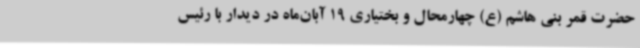
حضرت قمر بنی هاشم (ع) چهارمحال و بختیاری 19 آبان‌ماه در دیدار با رئیس